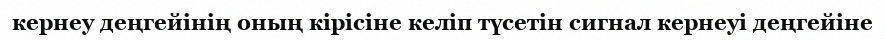
кернеу деңгейінің оның кірісіне келіп түсетін сигнал кернеуі деңгейіне